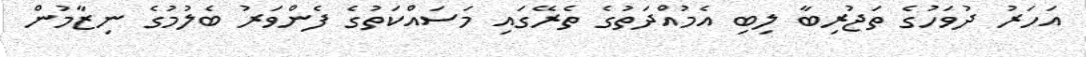
އަހަރު ދުވަހުގެ ތަޖުރިބާ ލިބި އެމުއްދަތުގެ ތެރޭގައި މަސައްކަތުގެ ފެންވަރު ބެލުމުގެ ނިޒާމުން